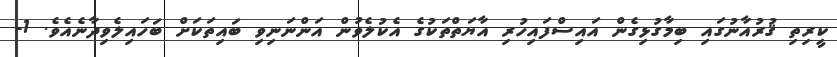
ކީރިތި ޤުރުއާނުގައި ބިމާގުޅިގެން އައިސްފައިހުރި އާޔަތްތަކުގެ އެކުލެވުން އަންނަނިވި ބައިތަކަށް ބަހައިލެވިދާނެއެވެ. 1-